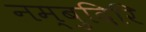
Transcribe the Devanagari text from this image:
नम्बुदिरि